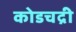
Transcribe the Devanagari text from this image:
कोडचद्री